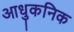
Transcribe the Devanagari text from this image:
आधुकनिक